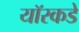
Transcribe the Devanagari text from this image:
यॉरकडे